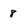
Character: 8